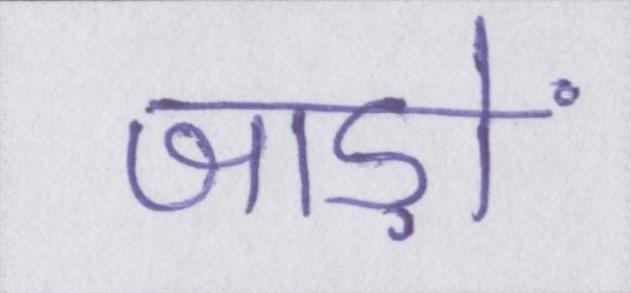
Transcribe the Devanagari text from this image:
जाड़ों